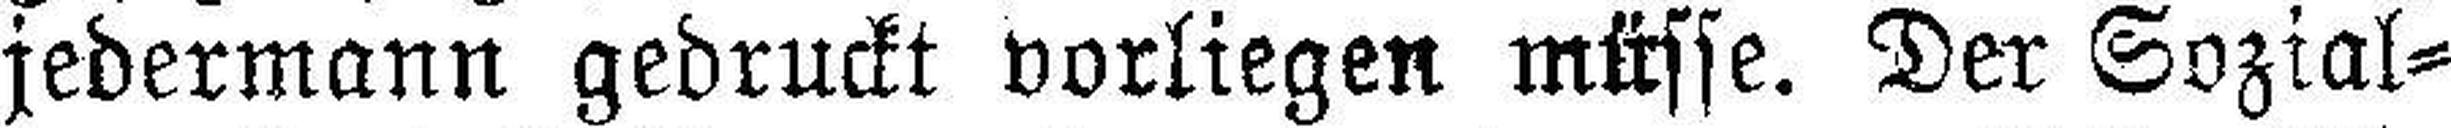
jedermann gedruckt vorliegen müsse. Der Sozial¬